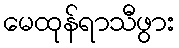
မေထုန်ရာသီဖွား